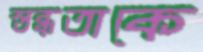
স্তব্ধতাকে